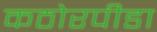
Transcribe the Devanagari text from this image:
कठोरपीडा